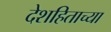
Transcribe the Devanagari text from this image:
देशहिताच्या